Lunatic asylums Central Provinces reports 1874-1885 - 1874-1885
Year: 1874
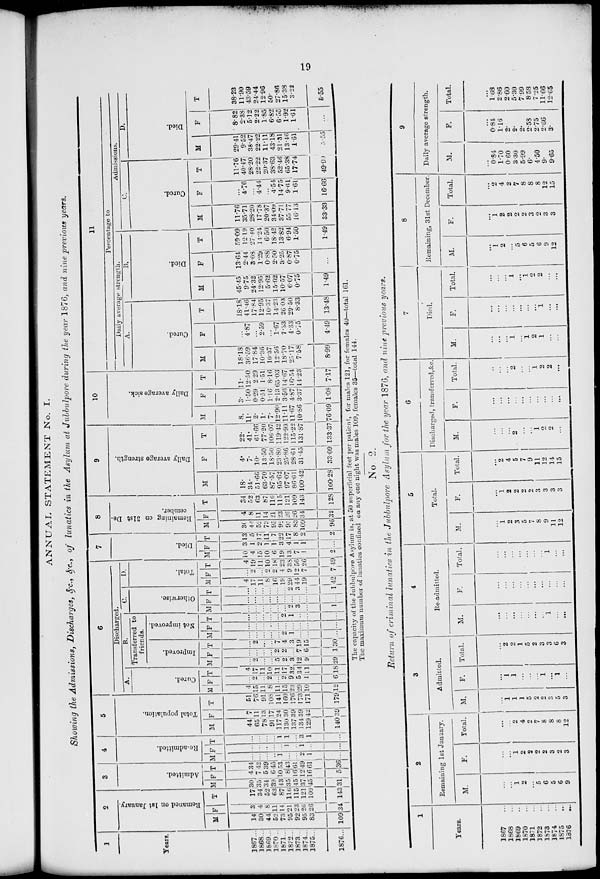
19
ANNUAL STATEMENT No.I.
Showing the Admissions, Discharges, &c., &c., of lunatics in the Asylum at Jubbulpore during the year 1876, and nine previous years.
1
Years.
1867 ...
1868 ...
1869 ...
1870 ...
1871 ...
1872 ...
1873 ...
1874 ...
1875 ...
1876 ...
2
Remaned on 1st January.
M
14
30
44
52
73
95
92
95
83
109
F
3
4
8
11
14
21
23
26
26
34
T
17
34
52
63
87
116
115
121
109
143
3
Admitted.
M
30
35
34
39
43
35
45
37
45
31
F
4
7
5
6
10
8
16
12
16
5
T
34
42
39
45
53
43
61
49
61
36
4
Re-admitted.
M
...
...
...
...
1
...
...
2
1
...
F
...
...
...
...
...
1
...
1
...
...
T
...
...
...
...
1
1
...
3
1
...
5
Total population.
M
44
65
78
91
117
130
137
134
129
140
F
7
11
13
17
24
30
39
39
42
39
T
51
76
91
108
141
160
176
173
171
179
6
Discharged.
A.
Cured.
M
4
15
11
8
11
15
23
29
10
12
F
...
2
...
2
...
2
9
5
1
6
T
4
17
11
10
11
17
32
34
11
18
B.
Transferred to
friends.
Improved.
M
...
2
...
...
5
2
3
12
9
29
F
...
...
...
...
2
2
...
7
6
1
T
...
2
...
...
7
4
3
19
15
30
Not improved.
M
...
...
...
...
...
2
1
...
...
...
F
...
...
...
...
...
...
...
...
...
...
T
...
...
...
...
... 2
1
...
...
...
C.
Otherwise.
M
...
...
...
...
...
...
2
3
...
1
F
...
...
...
...
...
...
...
...
...
...
T
...
...
...
...
...
...
2
3
...
1
D.
Total.
M
4
17
11
8
16
19
29
44
19
12
F
...
2
...
2
2
4
9
12
7
7
T
4
19
11
10
18
23
38
56
26
49
7
Died.
M
10
4
15
10
6
19
13
7
1
2
F
3
1
2
1
1
3
4
1
1
...
T
13
5
17
11
7
22
17
8
2
2
8
R emaining on 31st De-
cember.
M
30
44
52
73
95
92
95
83
109
96
F
4
8
11
14
21
23
26
26
34
32
T
34
52
63
87
116
115
121
109
143
128
9
Daily average strength.
M
18.
34.
51.66
63.70
87.57
95.62
97.07
86.61
100.42
100.28
F
4.
7.
10.
13.50
18.50
23.80
25.86
28.61
31.45
33.09
T
22.
41.
61.66
77.20
106.07
119.42
122.93
115.22
131.87
133.37
10
Daily average sick.
M
8.
11.
2.
1.
7.
12.90
11.11
11.67
10.86
76.09
F
3.
1.50
0.29
0.51
1.16
2.13
3.56
4.87
3.37
1.08
T
11.
12.50
2.29
1.51
8.16
65.03
14.67
16.54
14.23
7.17
11
Percentage to
Daily average strength.
A.
Cured.
M
18.18
36.59
17.84
10.36
10.37
12.56
18.70
25.17
7.58
8.99
F
...
4.87
...
2.59
...
1.67
7.33
4.33
0.75
4.49
T
18.18
41.46
17.84
12.95
10.37
14.25
26.03
29.50
8.33
13.48
B.
Died.
M
45.45
9.75
24.32
12.95
5.62
15.92
10.57
6.07
0.75
1.49
F
13.64
2.44
3.08
1.29
0.88
2.50
3.25
0.87
0.75
...
T
59.09
12.19
27.40
11.24
6.50
18.42
13.82
6.94
1.50
1.49
Admissions.
C.
Cured.
M
11.76
35.71
28.20
17.78
20.37
34.09
37.71
55.77
16.13
33.33
F
...
4.76
...
4.44
...
4.54
14.75
9.61
1.61
16.66
T
11.76
40.47
28.20
22.22
20.37
38.63
52.46
65.38
17.74
4.99
D.
Died.
M
29.41
9.52
38.47
22.22
11.11
43.18
21.31
13.46
1.61
5.55
F
8.82
2.38
5.12
2.22
1.85
6.82
6.55
1.92
1.61
...
T
38.23
11.90
43.59
24.44
12.96
50.
27.86
15.38
3.22
5.55
The capacity of the Jubbulpore Asylum is, at 50 superficial feet per patient, for males 121, for females 40—total 161.
The maximum number of lunatics confined on any one night was males 109, females 35—total 144.
No 2.
Return of criminal lunatics in the Jubbulpore Asylum for the year 1876, and nine previous years.
1
Years.
1867 ...
1868 ...
1869 ...
1870 ...
1871 ...
1872 ...
1873 ...
1874 ...
1875 ...
1876 ...
2
Remaining 1st January.
M.
...
...
1
2
...
5
6
5
6
9
F.
...
...
1
2
2
2
2
3
2
3
Total.
...
...
2
4
2
7
8
8
8
12
3
Admitted.
M.
...
1
1
1
5
2
2
3
5
3
F.
...
1
1
...
...
...
1
...
1
...
Total.
...
2
2
1
5
2
3
3
6
3
4
Re-admitted.
M.
...
...
...
...
...
...
...
1
...
...
F.
...
...
...
...
...
...
...
...
...
...
Total.
...
...
...
...
...
...
...
1
...
...
5
Total.
M.
...
1
2
3
5
7
8
9
11
12
F.
...
1
2
2
2
2
3
3
3
3
Total.
...
2
4
5
7
9
11
12
14
15
6
Discharged, transferred,&c.
M.
...
...
...
2
...
...
1
2
2
...
F.
...
...
...
...
...
...
...
...
...
...
Total.
...
...
...
2
...
...
1
2
2
...
7
Died.
M.
...
...
...
1
...
1
2
1
...
...
F.
...
...
...
...
...
...
...
1
...
...
Total.
...
...
...
1
...
1
2
2
...
...
8
Remaining, 31st December.
M.
...
1
2
...
5
6
5
6
9
12
F.
...
1
2
2
2
2
3
2
3
3
Total.
...
2
4
2
7
8
8
8
12
15
9
Daily average strength.
M.
...
0.84
1.70
0.60
3.30
5.99
6.
4.50
9.
9.65
F.
...
0.84
1.16
2.
2.
2.
2.58
2.75
2.66
3.
Total.
...
1.68
2.86
2.60
5.30
7.99
8.58
7.25
11.66
12.65